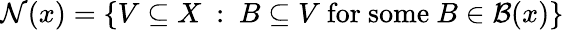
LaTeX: {\mathcal{N}}(x)=\left\{ V\subseteq X~:~B\subseteq V{\mathrm{~for~some~}}B\in{\mathcal{B}}(x)\right\}